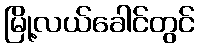
မြို့လယ်ခေါင်တွင်